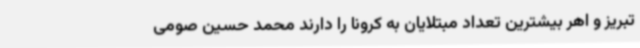
تبریز و اهر بیشترین تعداد مبتلایان به کرونا را دارند محمد حسین صومی